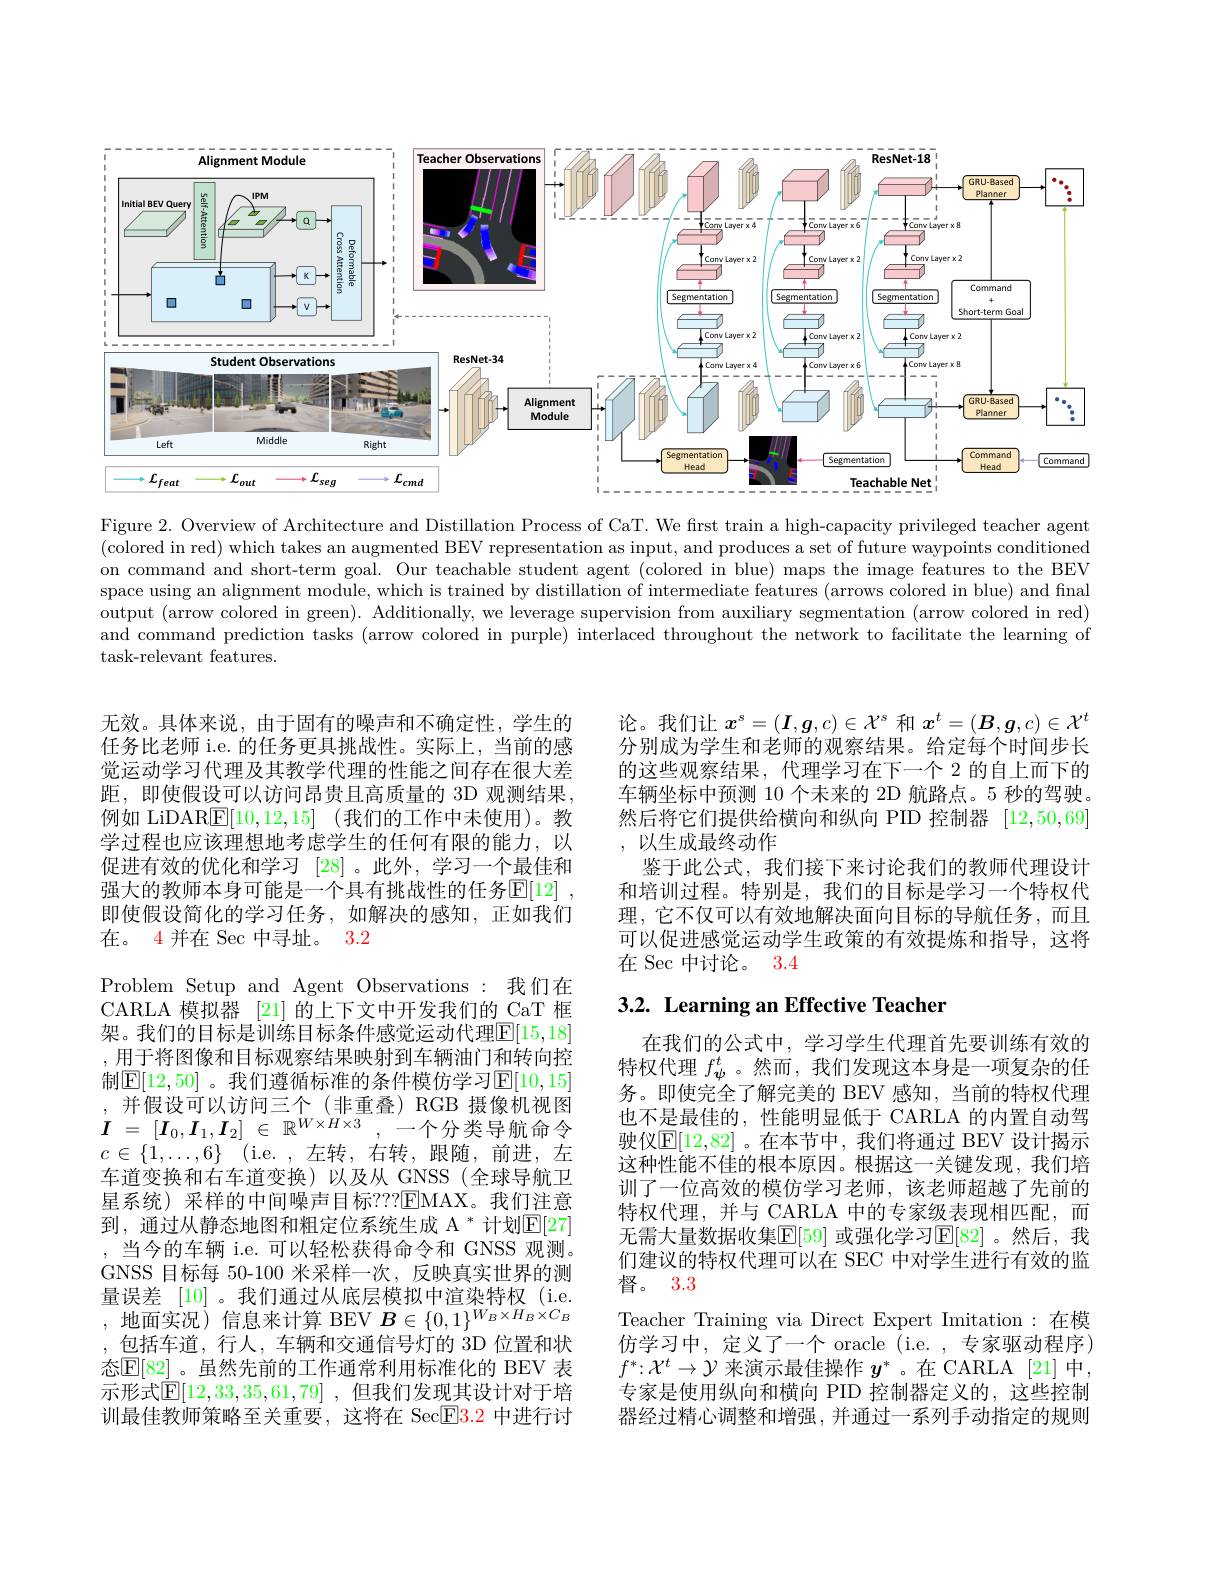
<FigureHere>

Figure 2. Overview of Architecture and Distillation Process of CaT. We frst train a high-capacity privileged teacher agent (colored in red) which takes an augmented BEV representation as input, and produces a set of future waypoints conditioned on command and short-term goal. Our teachable student agent (colored in blue) maps the image features to the BEV space using an alignment module, which is trained by distillation of intermediate features (arrows colored in blue) and final output (arrow colored in green). Additionally, we leverage supervision from auxiliary segmentation (arrow colored in red) and command prediction tasks (arrow colored in purple) interlaced throughout the network to facilitate the learning of task-relevant features.

论。我们让$x^s=(\boldsymbol{I},\boldsymbol{g},c)\in\mathcal{X}^s$和$x^t=(\boldsymbol{B},\boldsymbol{g},c)\in\mathcal{X}^t$ 分别成为学生和老师的观察结果。给定每个时间步长的这些观察结果，代理学习在下一个 2 的自上而下的车辆坐标中预测 10 个未来的 2D 航路点。5 秒的驾驶。然后将它们提供给横向和纵向 PID 控制器[12,50,69] ,以生成最终动作
鉴于此公式，我们接下来讨论我们的教师代理设计和培训过程。特别是，我们的目标是学习一个特权代理，它不仅可以有效地解决面向目标的导航任务，而且可以促进感觉运动学生政策的有效提炼和指导，这将在 Sec 中讨论。3.4

## 3.2. Learning an Effective Teacher

无效。具体来说，由于固有的噪声和不确定性，学生的任务比老师 i.e. 的任务更具挑战性。实际上，当前的感觉运动学习代理及其教学代理的性能之间存在很大差距，即使假设可以访问昂贵且高质量的 3D 观测结果， 例如 LiDARE[10,12,15] (我们的工作中未使用)。教学过程也应该理想地考虑学生的任何有限的能力，以促进有效的优化和学习[28] 。此外，学习一个最佳和强大的教师本身可能是一个具有挑战性的任务$\mathbb{E}[12]$ , 即使假设简化的学习任务，如解决的感知，正如我们在。4 并在 Sec 中寻址。3.2
Problem Setup and Agent Observations:我们在CARLA 模拟器 [21] 的上下文中开发我们的 CaT 框架。我们的目标是训练目标条件感觉运动代理$\mathbb{E}[15,18]$ ,用于将图像和目标观察结果映射到车辆油门和转向控制$\mathbb{E}[12,50]$ 。我们遵循标准的条件模仿学习$\mathbb{E}[10,15]$
并假设可以访问三个(非重叠)RGB 摄像机视图$\begin{array}{rl}{,}\\{I}&{=[I_{0},I_{1},I_{2}]}&{\in\:\mathbb{R}^{W\times H\times3}}&{,}&{-个分类导航命令}\end{array}$ $c\in \{ 1, \ldots , 6\}$ (i.e.,左转，右转，跟随，前进，左车道变换和右车道变换)以及从 GNSS(全球导航卫星系统) 采样的中间噪声目标？?2EMAX。我们注意到，通过从静态地图和粗定位系统生成 A $^*$计划$\mathbb{E}[27]$ , 当今的车辆 i.e. 可以轻松获得命令和 GNSS 观测。GNSS 目标每 50-100 米采样一次，反映真实世界的测量误差 [10] 。我们通过从底层模拟中渲染特权 (i.e. ,地面实况)信息来计算 BEV $\boldsymbol{B}\in\{0,1\}^W_{B}\times H_{B}\times C_{B}$ ,包括车道，行人，车辆和交通信号灯的 3D 位置和状态$\mathbb{E}[82]$ 。虽然先前的工作通常利用标准化的 BEV 表示形式$\bar{\mathbb{E}}[12,33,35,61,79]$ ,但我们发现其设计对于培训最佳教师策略至关重要，这将在 Sec$\overline{\mathrm{E}}3.2$中进行讨

在我们的公式中，学习学生代理首先要训练有效的特权代理$f_\psi^t$ 。然而，我们发现这本身是一项复杂的任务。即使完全了解完美的 BEV 感知，当前的特权代理也不是最佳的，性能明显低于 CARLA 的内置自动驾驶仪$\mathbb{E}[12,82]$ 。在本节中，我们将通过 BEV 设计揭示这种性能不佳的根本原因。根据这一关键发现，我们培训了一位高效的模仿学习老师，该老师超越了先前的特权代理，并与 CARLA 中的专家级表现相匹配，而无需大量数据收集$\mathbb{E}[59]$ 或强化学习$\mathbb{E}[82]$。然后，我们建议的特权代理可以在 SEC 中对学生进行有效的监督。3.3
Teacher Training via Direct Expert Imitation:在模仿学习中，定义了一个 oracle (i.e. ,专家驱动程序) $f^*{:}\mathcal{X}^t\to\mathcal{Y}$来演示最佳操作$y^*$ 。在 CARLA [21] 中专家是使用纵向和横向 PID 控制器定义的，这些控制器经过精心调整和增强，并通过一系列手动指定的规则